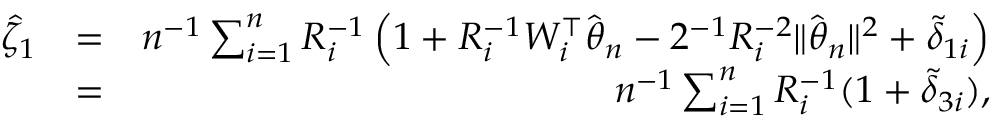
\begin{array} { r l r } { \hat { \zeta } _ { 1 } } & { = } & { n ^ { - 1 } \sum _ { i = 1 } ^ { n } R _ { i } ^ { - 1 } \left( 1 + R _ { i } ^ { - 1 } W _ { i } ^ { \top } \hat { { \boldsymbol \theta } } _ { n } - 2 ^ { - 1 } R _ { i } ^ { - 2 } \| \hat { { \boldsymbol \theta } } _ { n } \| ^ { 2 } + \tilde { \delta } _ { 1 i } \right) } \\ & { = } & { n ^ { - 1 } \sum _ { i = 1 } ^ { n } R _ { i } ^ { - 1 } ( 1 + \tilde { \delta } _ { 3 i } ) , } \end{array}